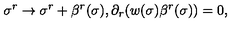
\sigma ^ { r } \rightarrow \sigma ^ { r } + \beta ^ { r } ( \sigma ) , \partial _ { r } ( w ( \sigma ) \beta ^ { r } ( \sigma ) ) = 0 ,